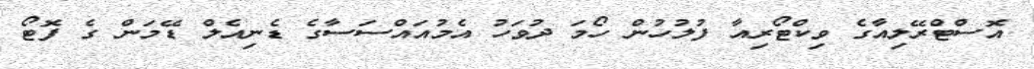
އޮސްޓްރޭލިއާގެ ވިކްޓޯރިއާ ފުލުހުން ހޯމަ ދުވަހު އެމުއައްސަސާގެ ޑެނިއެލް ޑޭމަން ގެ ފޮޓޯ